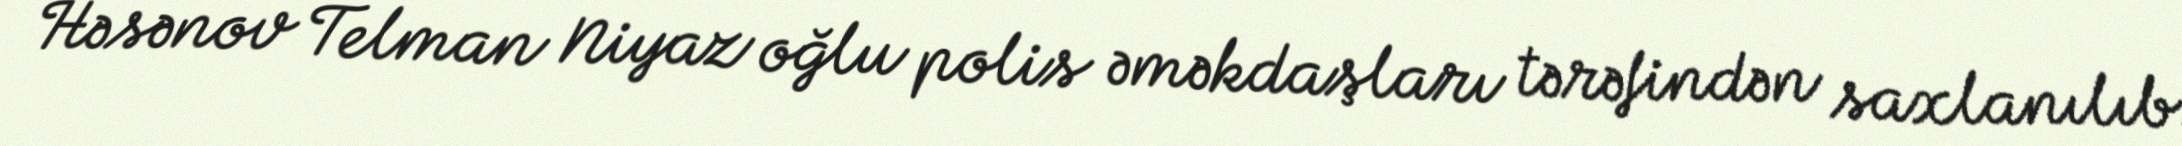
Həsənov Telman Niyaz oğlu polis əməkdaşları tərəfindən saxlanılıb.